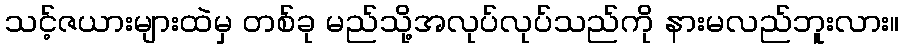
သင့်ဇယားများထဲမှ တစ်ခု မည်သို့အလုပ်လုပ်သည်ကို နားမလည်ဘူးလား။